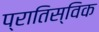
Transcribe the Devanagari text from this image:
प्रातिस्विक